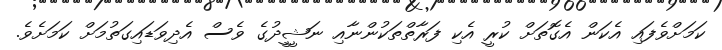
ކަމަށްވެފައި އެކަން އެގޮތަށް ކުރީ އެކި ފަރާތްތަކުންނާއި ނަޝީީދުގެ ވެސް އެދިވަޑައިގަތުމަށް ކަމަށެވެ.